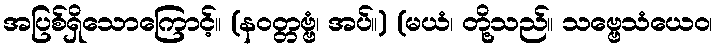
အပြစ်ရှိသောကြောင့်။ (နဝတ္တဗ္ဗံ၊ အပ်။) (မယံ၊ တို့သည်။ သဗ္ဗေသံယေဝ၊